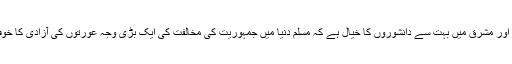
مغرب اور مشرق میں بہت سے دانشوروں کا خیال ہے کہ مسلم دنیا میں جمہوریت کی مخالفت کی ایک بڑی وجہ عورتوں کی آزادی کا خوف ہے۔